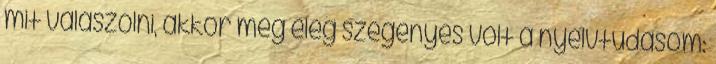
mit valaszolni, akkor meg eleg szegenyes volt a nyelvtudasom: